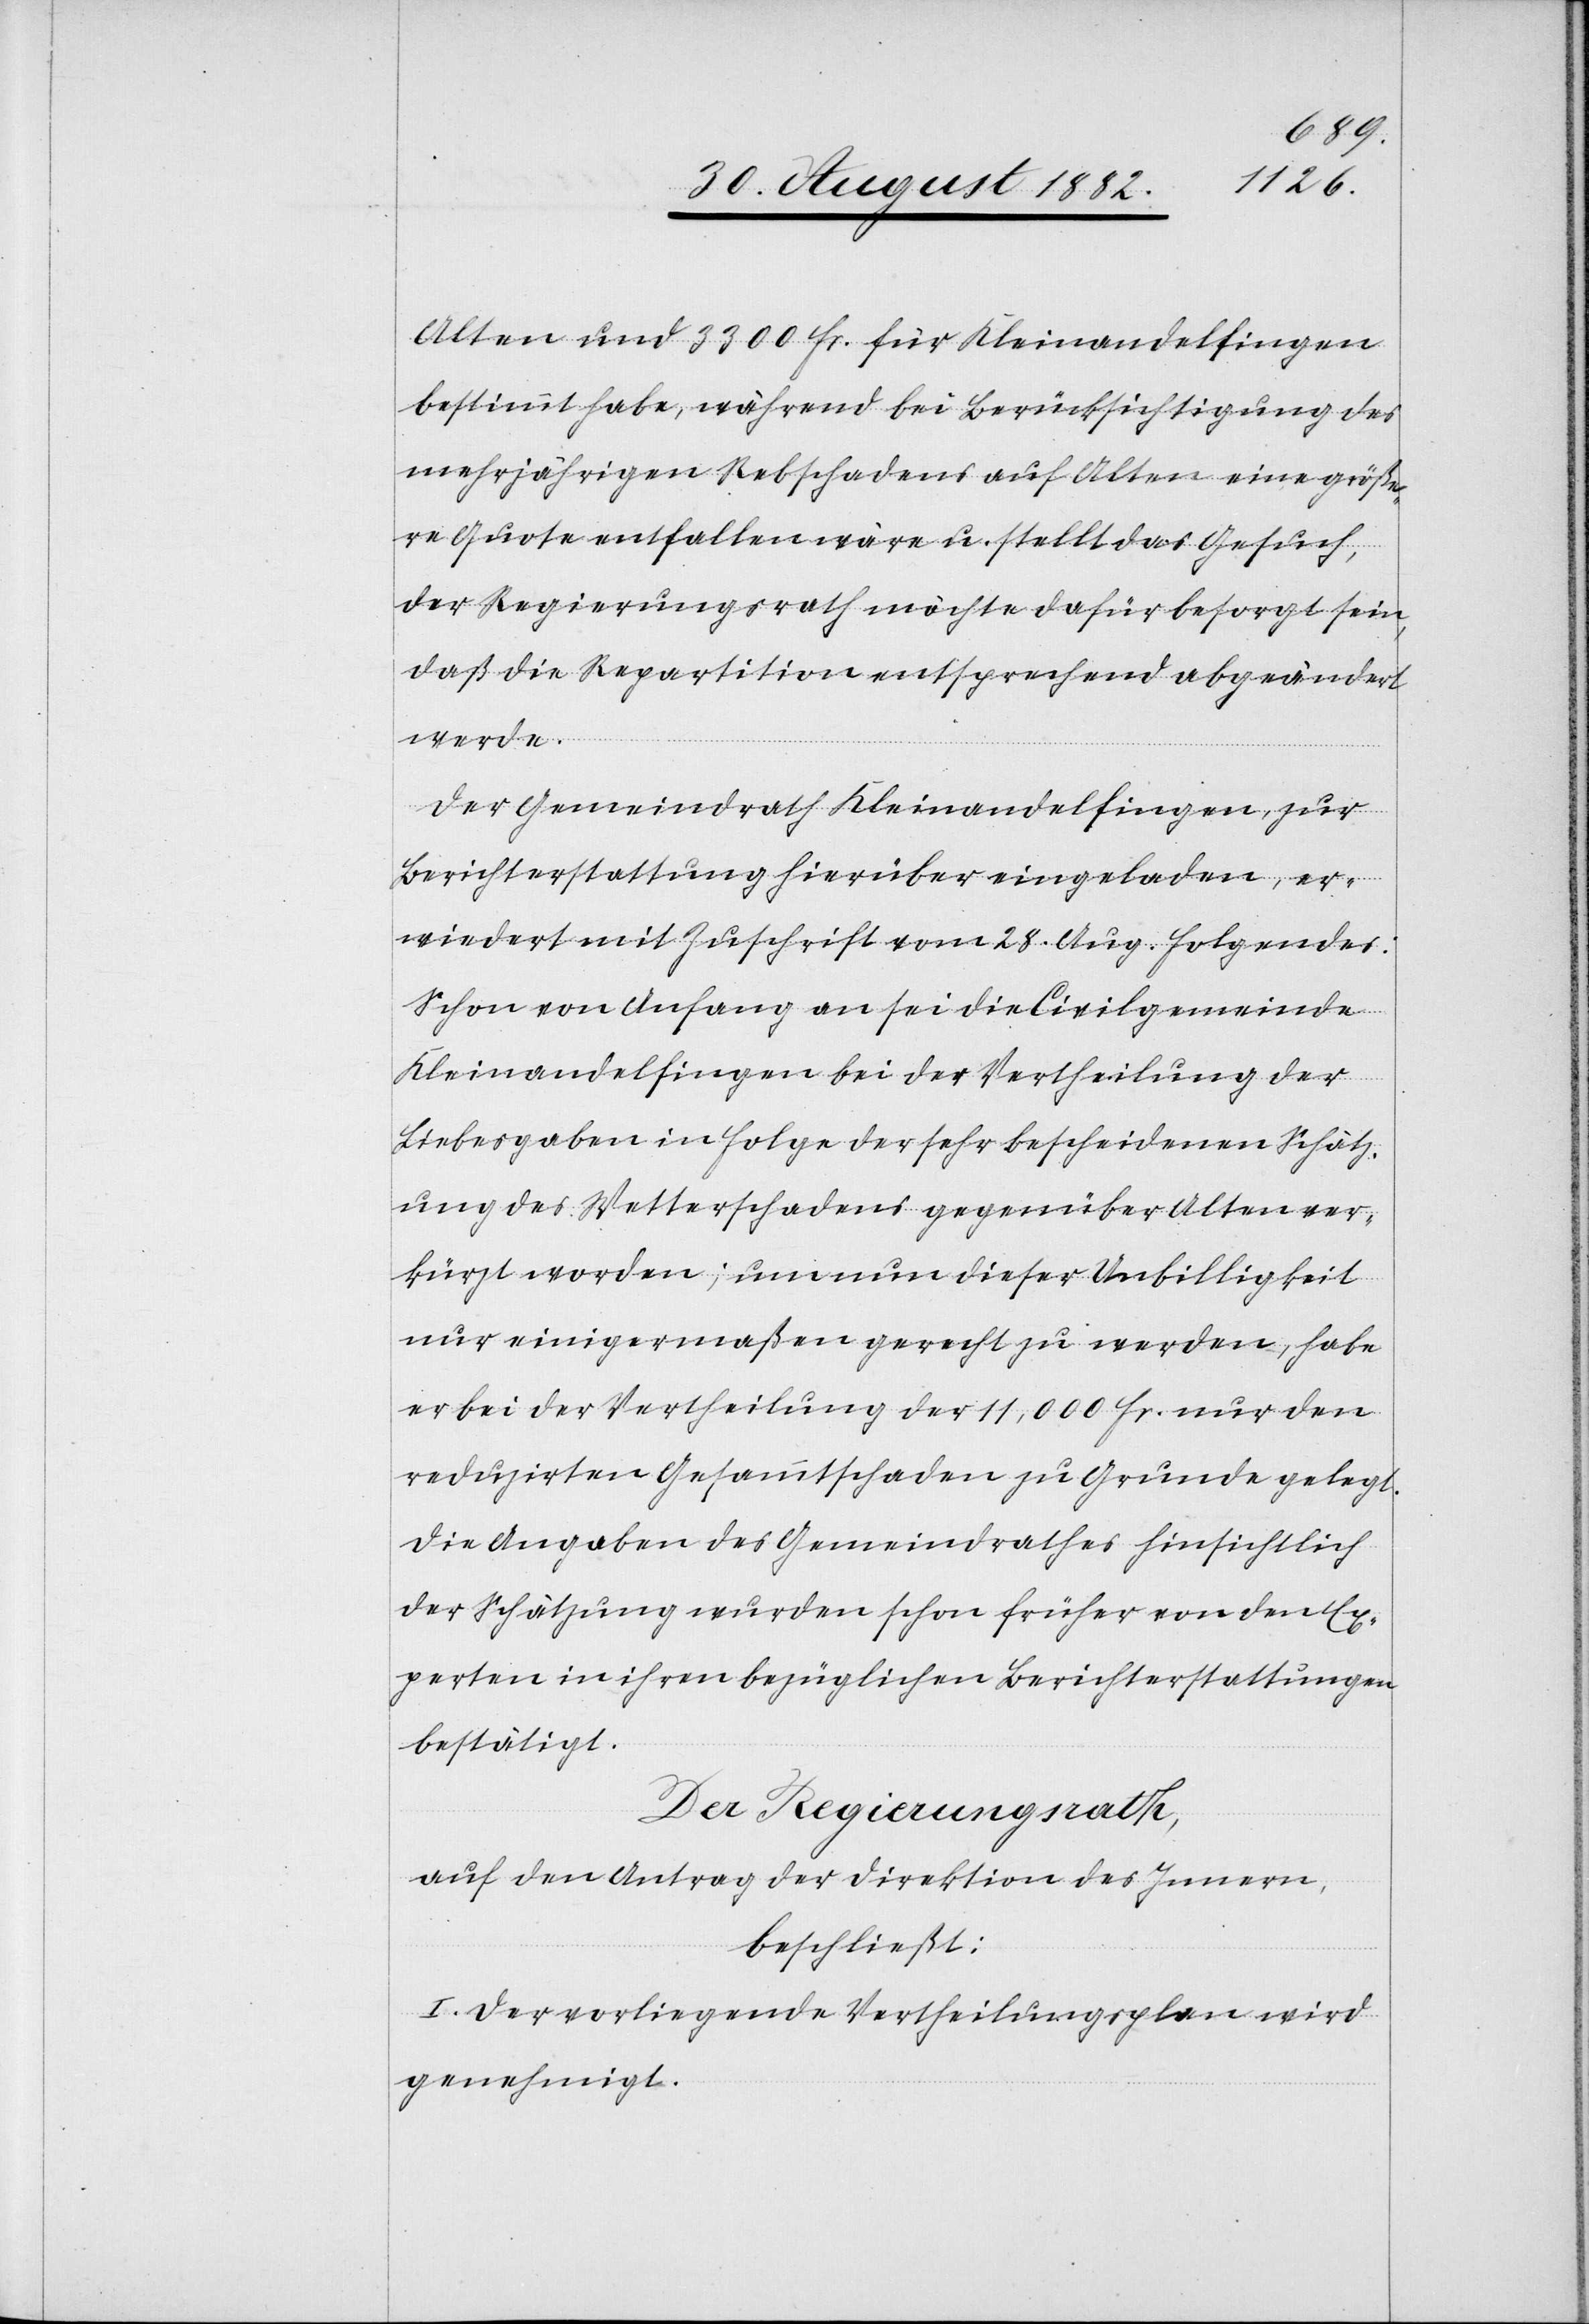
Alten und 3300 Fr. für Kleinandelfingen
bestimmt habe, während bei Berücksichtigung des
mehrjährigen Rebschadens auf Alten eine größe¬
re Quote entfallen wäre u. stellt das Gesuch,
der Regierungsrath möchte dafür besorgt sein,
daß die Repartition entsprechend abgeändert
werde.
Der Gemeindrath Kleinandelfingen, zur
Berichterstattung hierüber eingeladen, er¬
wiedert mit Zuschrift vom 28. Aug. Folgendes:
Schon von Anfang an sei die Civilgemeinde
Kleinandelfingen bei der Vertheilung der
Liebesgaben in Folge der sehr bescheidenen Schätz¬
ung des Wetterschadens gegenüber Alten ver¬
kürzt worden; um nun dieser Unbilligkeit
nur einigermaßen gerecht zu werden, habe
er bei Vertheilung der 11,000 Fr. nur den
reduzirten Gesammtschaden zu Grunde gelegt.
Die Angaben des Gemeindrathes hinsichtlich
der Schätzung wurden schon früher von den Ex¬
perten in ihren bezüglichen Berichterstattungen
bestätigt.
Der Regierungsrath,
auf den Antrag der Direktion des Innern,
beschließt:
I. Der vorliegende Vertheilungsplan wird
genehmigt.